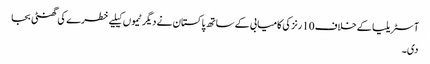
آسٹریلیا کے خلاف 10 رنز کی کامیابی کے ساتھ پاکستان نے دیگر ٹیموں کیلیے خطرے کی گھنٹی بجا
دی۔